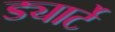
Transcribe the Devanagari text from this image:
ड्यार्टे